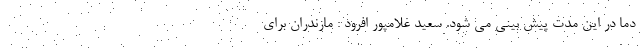
دما در این مدت پیش بینی می شود. سعید غلامپور افرود : مازندران برای